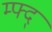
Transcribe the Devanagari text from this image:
म्फ्द्